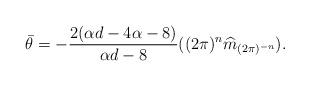
LaTeX: \begin{align*}\bar{\theta}=-\frac{2(\alpha d-4\alpha-8)}{\alpha d-8}((2\pi)^n \widehat{m}_{(2\pi)^{-n}}).\end{align*}